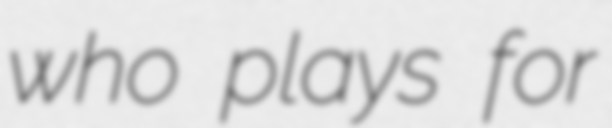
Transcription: who plays for